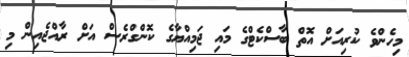
މިހެންވެ ކުރިއަށް އޮތް ބާސްކެޓްގެ މައި ޖަމިއްޔާގެ ކޮންގްރެސް އަށް ރާއްޖެއިން މި